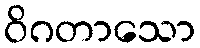
ဝိဂတာသော